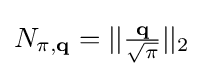
{\textstyle N_{\pi ,\mathbf {q} }=||{\frac {\mathbf {q} }{\sqrt {\pi }}}||_{2}}